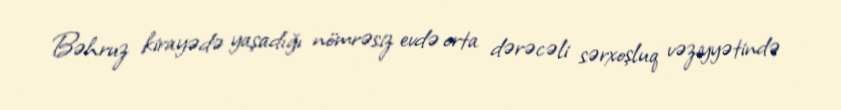
Bəhruz kirayədə yaşadığı nömrəsiz evdə orta dərəcəli sərxoşluq vəziyyətində